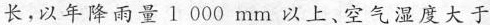
长，以年降雨量1 000mm以上、空气湿度大于